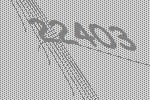
22403